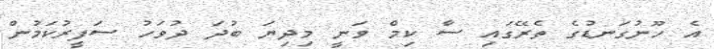
އެ ހޫނުގަނޑުގެ ތެރޭގައި ސާ ކިމް ވަނީ މިދިޔަ ބުދަ ދުވަހު ސަފީރުކަމުން